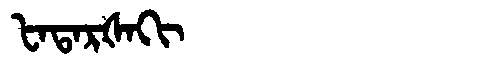
Manchu: ᡶᠠᡨᠠᡵᡧᠠᡴᡳ
Romanization: FATARŠAKI